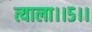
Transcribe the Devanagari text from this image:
त्याला।।५।।